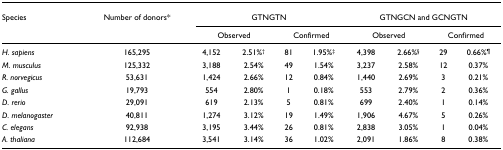
<table><thead><tr><td><b>Species</b></td><td><b>Number of donors*</b></td><td colspan="4"><b>GTNGTN</b></td><td colspan="4"><b>GTNGCN and GCNGTN</b></td></tr><tr><td></td><td></td><td colspan="2"><b>Observed</b></td><td colspan="2"><b>Confirmed</b></td><td colspan="2"><b>Observed</b></td><td colspan="2"><b>Confirmed</b></td></tr></thead><tbody><tr><td><i>H. sapiens</i></td><td>165,295</td><td>4,152</td><td>2.51%<sup>†</sup></td><td>81</td><td>1.95%<sup>‡</sup></td><td>4,398</td><td>2.66%<sup>§</sup></td><td>29</td><td>0.66%<sup>¶</sup></td></tr><tr><td><i>M. musculus</i></td><td>125,332</td><td>3,188</td><td>2.54%</td><td>49</td><td>1.54%</td><td>3,237</td><td>2.58%</td><td>12</td><td>0.37%</td></tr><tr><td><i>R. norvegicus</i></td><td>53,631</td><td>1,424</td><td>2.66%</td><td>12</td><td>0.84%</td><td>1,440</td><td>2.69%</td><td>3</td><td>0.21%</td></tr><tr><td><i>G. gallus</i></td><td>19,793</td><td>554</td><td>2.80%</td><td>1</td><td>0.18%</td><td>553</td><td>2.79%</td><td>2</td><td>0.36%</td></tr><tr><td><i>D. rerio</i></td><td>29,091</td><td>619</td><td>2.13%</td><td>5</td><td>0.81%</td><td>699</td><td>2.40%</td><td>1</td><td>0.14%</td></tr><tr><td><i>D. melanogaster</i></td><td>40,811</td><td>1,274</td><td>3.12%</td><td>19</td><td>1.49%</td><td>1,906</td><td>4.67%</td><td>5</td><td>0.26%</td></tr><tr><td><i>C. elegans</i></td><td>92,938</td><td>3,195</td><td>3.44%</td><td>26</td><td>0.81%</td><td>2,838</td><td>3.05%</td><td>1</td><td>0.04%</td></tr><tr><td><i>A. thaliana</i></td><td>112,684</td><td>3,541</td><td>3.14%</td><td>36</td><td>1.02%</td><td>2,091</td><td>1.86%</td><td>8</td><td>0.38%</td></tr></tbody></table>